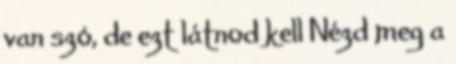
van szó, de ezt látnod kell Nézd meg a